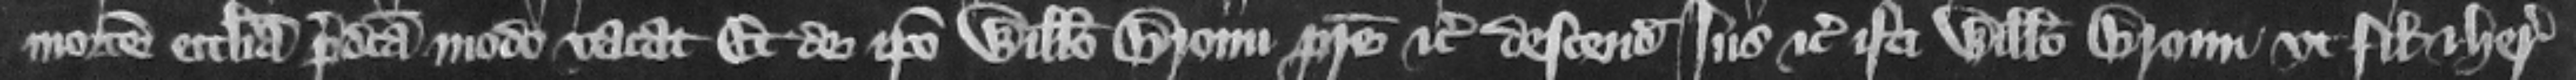
mortem ecclesia predicta modo vacat. Et de ipso Willelmo Broun patre etc. descendit ius etc. isti Willelmo Broun vt filio et heredi